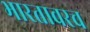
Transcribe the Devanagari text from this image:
भारतावरच